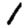
Digit: 1